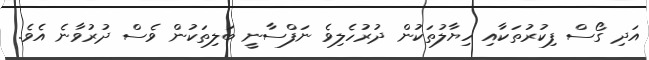
އަދި ގޯސް ފިކުރުތަކާއި ހިޔާލުތަކުން ދުރުހެލިވެ ނަފްސާނީ ބަލިތަކުން ވެސް ދުރުވާނެ އެވެ.